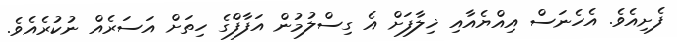
ފެށިއެވެ. އެހެނަސް އިއްޔެއާއި ޚިލާފަށް އެ ގިސްލުމުން އަފާފްގެ ހިތަށް އަސަރެއް ނުކުރެއެވެ.